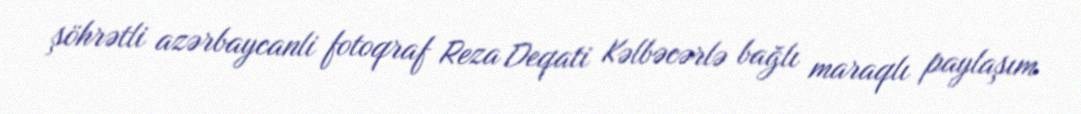
şöhrətli azərbaycanli fotoqraf Reza Deqati Kəlbəcərlə bağlı maraqlı paylaşım